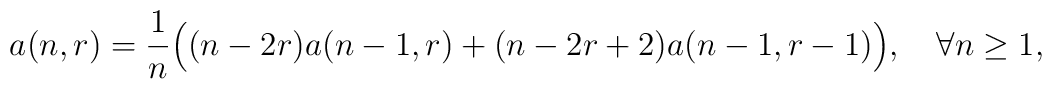
a(n,r) = {1\over n}\Bigl((n-2r) a(n-1,r) + (n-2r+2)a(n-1,r-1)\Bigr),\quad \forall n\geq1,